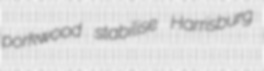
porkwood stabilise Harrisburg